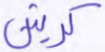
كرتين